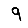
Digit: 9